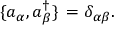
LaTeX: \lbrace a _ { \alpha } , a _ { \beta } ^ { \dagger } \rbrace \, = \delta _ { \alpha \beta } .